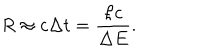
R \approx c \Delta t = \frac { \hbar c } { \Delta E } .